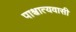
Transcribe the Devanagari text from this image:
पाश्चात्यवासी